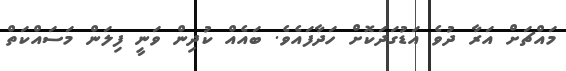
މައްޗަށް އަރާ ދުވެ އަޑުގަދަކޮށް ހަދާފައެވެ. ބައެއް ކުދިން ވަނީ ފިލަން މަސައްކަތް